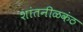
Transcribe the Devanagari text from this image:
शांतनीळकंठ